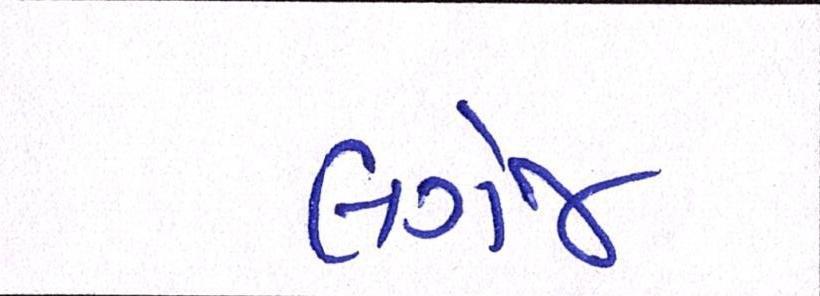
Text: લગેજ